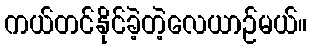
ကယ်တင်နိုင်ခဲ့တဲ့လေယာဉ်မယ်။